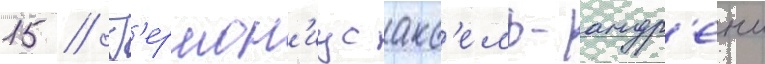
15 // Г'ермон'иус акс'ель-андр'еи